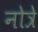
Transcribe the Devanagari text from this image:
नोत्रे